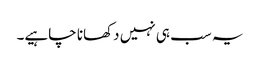
یہ سب ہی نہیں دکھانا چاہیے۔